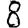
Digit: 8